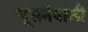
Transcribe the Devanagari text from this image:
चूसनेवाली